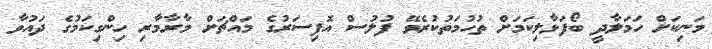
މަނިކަށް ހަމަލާދީ ބޯފަޅާލިކަމަށް ތުހުމަތުކުރެވޭ ފުލުސް އޮފިސަރުގެ މައްޗަށް މާރާމާރި ހިންގިކަމުގެ ދައުވާ